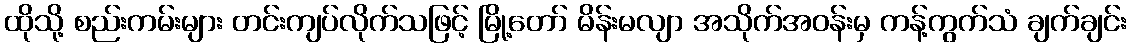
ထိုသို့ စည်းကမ်းများ တင်းကျပ်လိုက်သဖြင့် မြို့တော် မိန်းမလျာ အသိုက်အဝန်းမှ ကန့်ကွက်သံ ချက်ချင်း